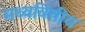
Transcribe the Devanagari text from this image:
मध्यवित्तीय